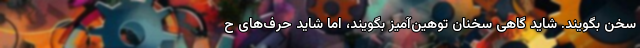
سخن بگویند. شاید گاهی سخنان توهین‌آمیز بگویند، اما شاید حرف‌های ح